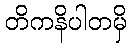
တိကနိပါတမှိ